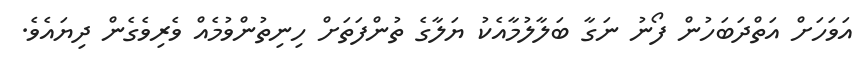
އަވަހަށް އަތްދަބަހުން ފޯނު ނަގާ ބަލާލުމާއެކު ޔަލާގެ ތުންފަތަށް ހިނިތުންވުމެއް ވެރިވެގެން ދިޔައެވެ.